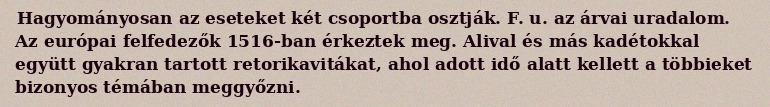
Hagyományosan az eseteket két csoportba osztják. F. u. az árvai uradalom. Az európai felfedezők 1516-ban érkeztek meg. Alival és más kadétokkal együtt gyakran tartott retorikavitákat, ahol adott idő alatt kellett a többieket bizonyos témában meggyőzni.